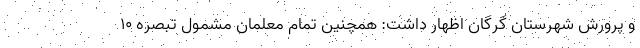
و پرورش شهرستان گرگان اظهار داشت: همچنین تمام معلمان مشمول تبصره ۱۰